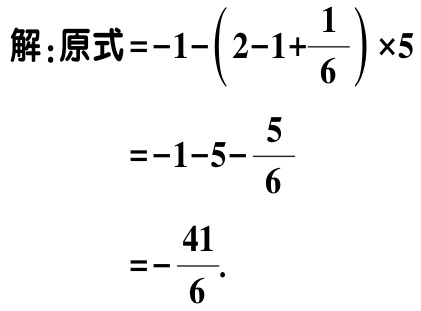
解：原式\(=-1-\left(2 - 1+\dfrac{1}{6}\right)\times5\)

\(=-1 - 5-\dfrac{5}{6}\)

\(=-\dfrac{41}{6}\).